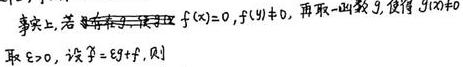
事实上，若存在非 - 零泛函 \(f(x)=0\)，\(\forall x\in\) 再取一函数 \(g\)，使得 \(g(x)\neq0\)
取 \(\epsilon > 0\)，设 \(f = \epsilon g + f_1\)，则